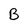
Character: B